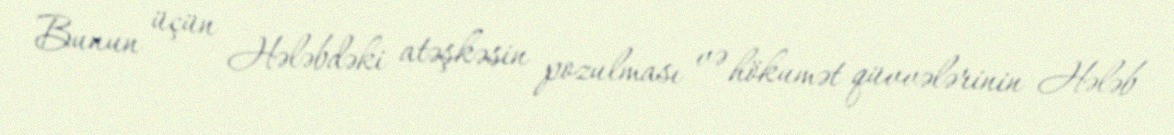
Bunun üçün Hələbdəki atəşkəsin pozulması və hökumət qüvvələrinin Hələb